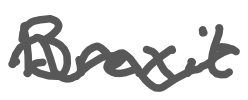
Text: Brexit
Cross-out: wave
Writing tool: digital_gray